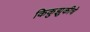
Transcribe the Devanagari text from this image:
किकुझुकीचे